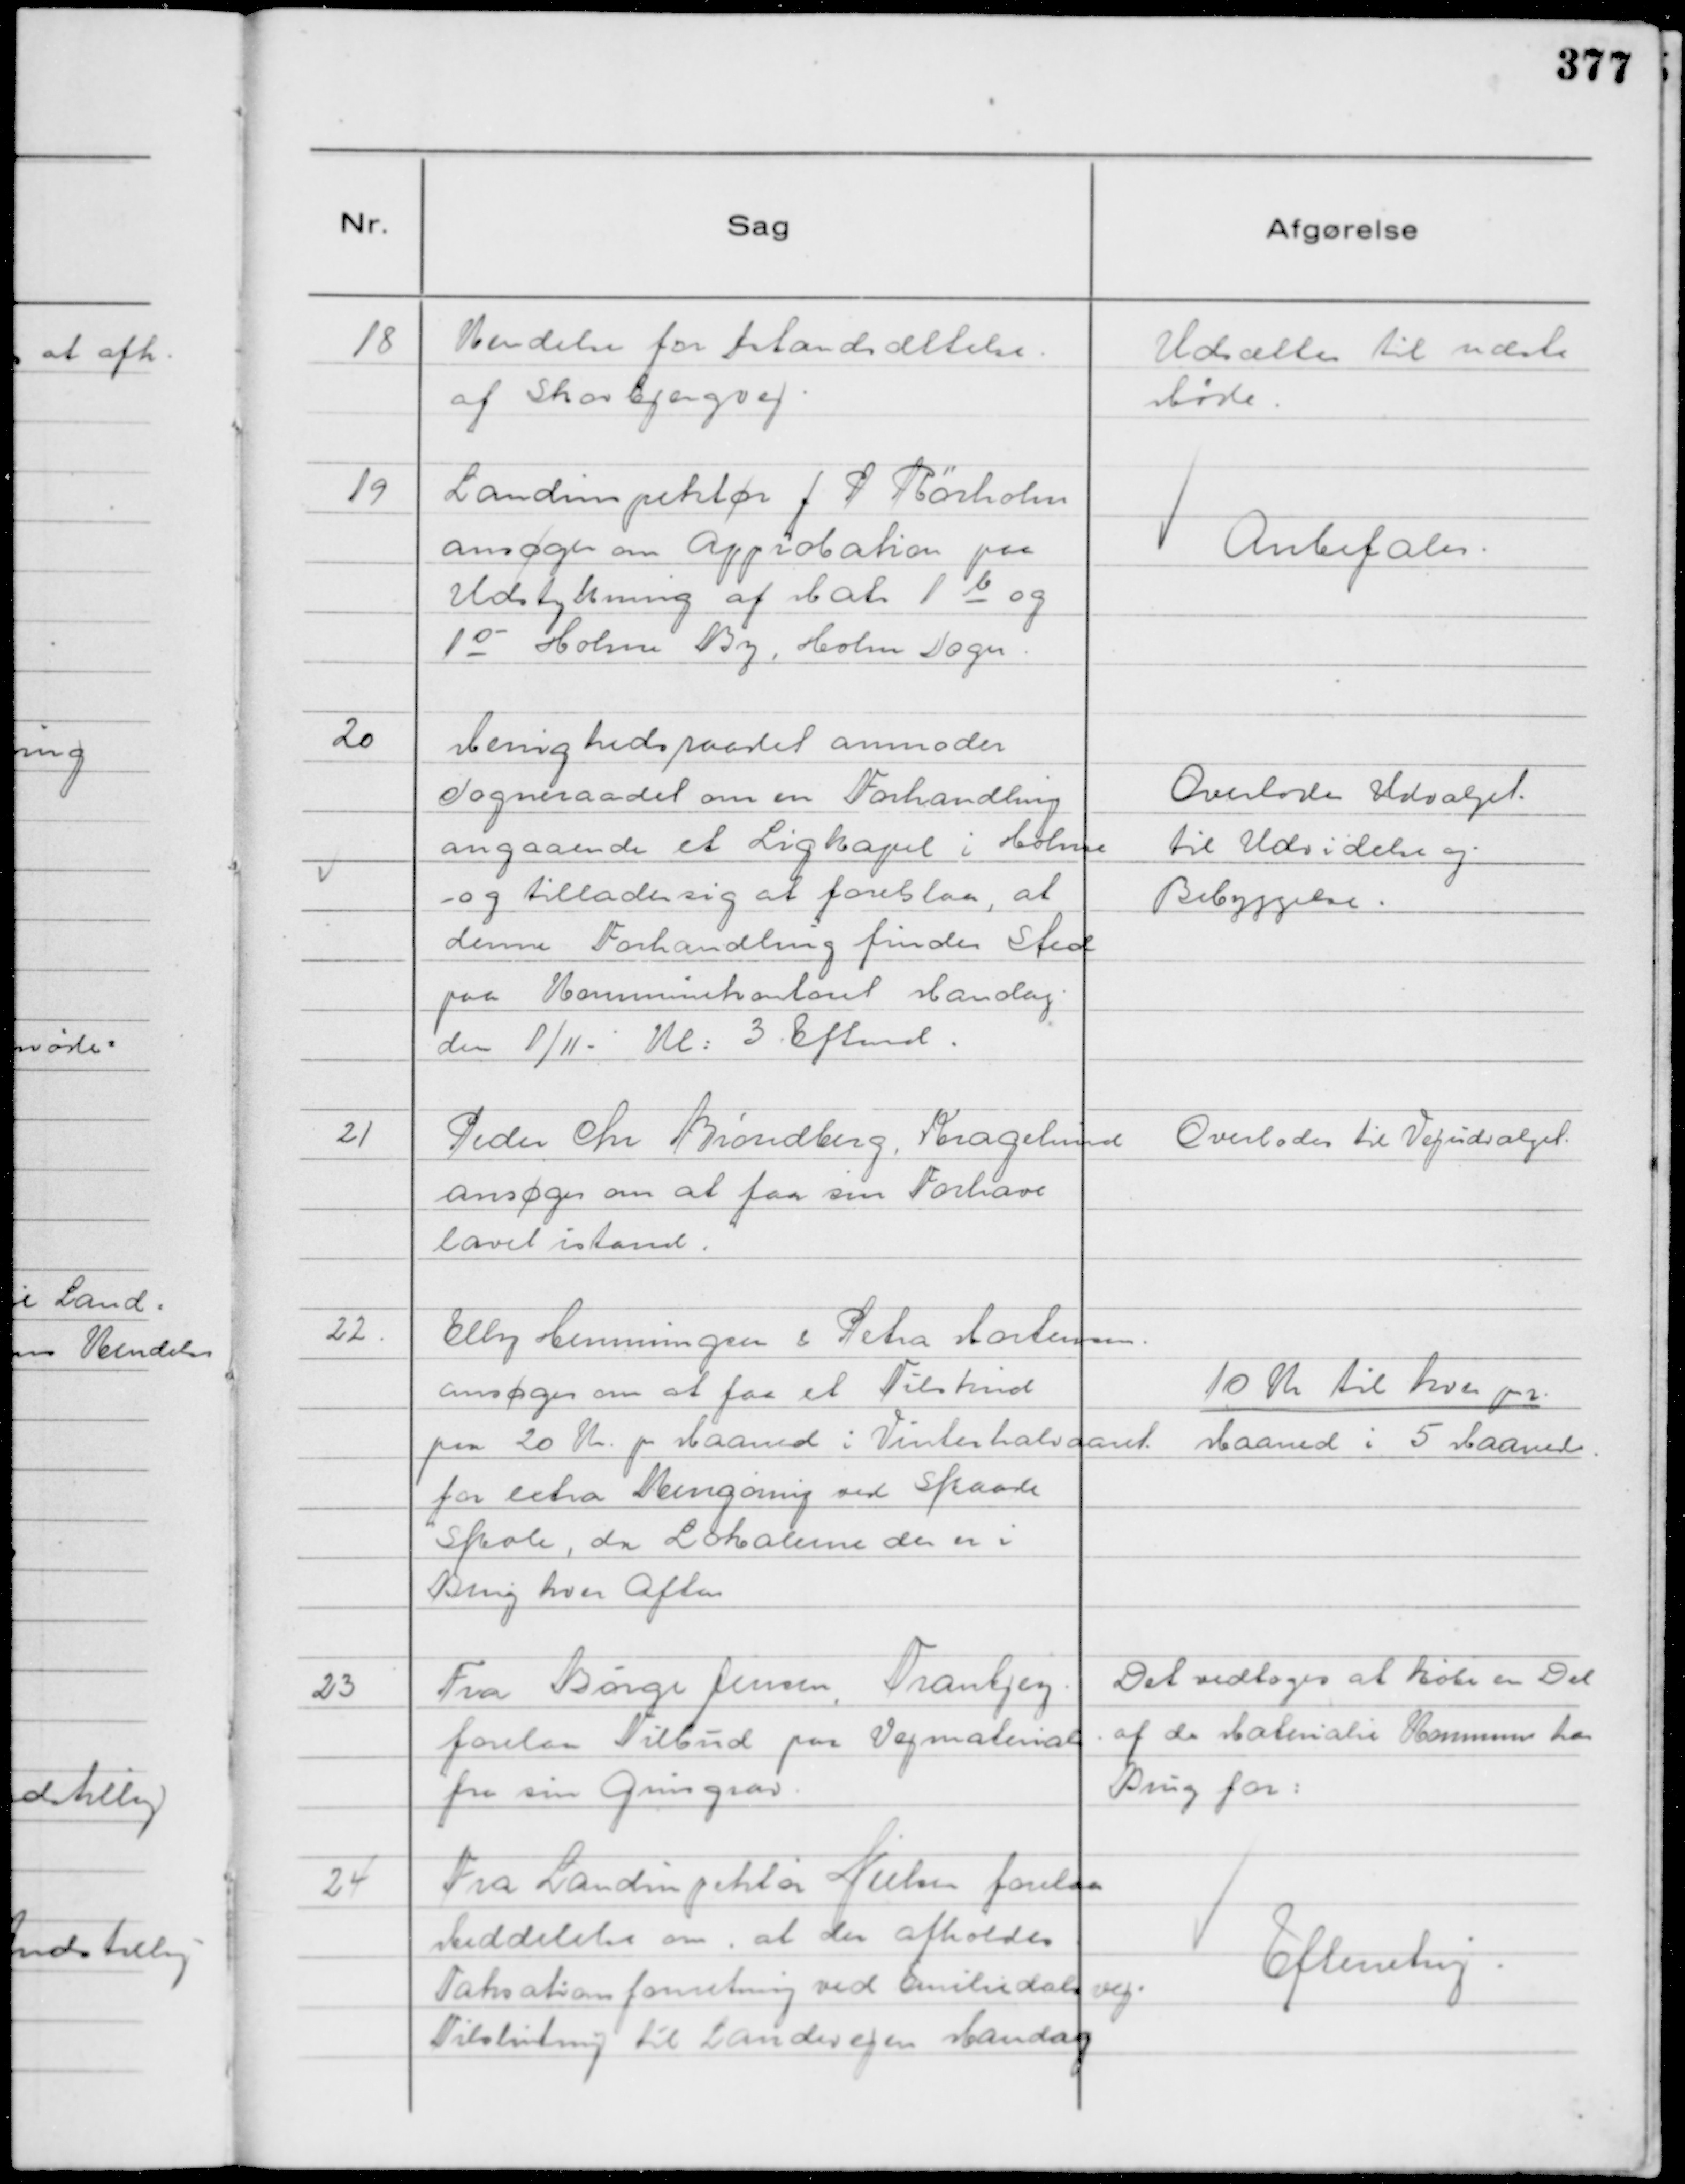
Transskription:
18
Kendelse for Istandsættelse.
af Skovbjergvej.

Udsættes til næste
Møde.

19
Landinspektør J P Rørholm
ansøger om Approbation paa
Udstykning af Matr 1 b og
1 o Holme By, Holme Sogn.

Anbefales.

20
Menighedsraadet anmoder
Sogneraadet om en Forhandling
angaaende et Ligkapel i Holme
og tillader sig at foreslaa, at
denne Forhandling finder Sted
paa Kommunekontoret Mandag
den 1/11 - Kl: 3. Eftmd.

Overlodes Udvalget
til Udvidelse af
Bebyggelse.

21
Peder Chr Brøndberg, Kragelund
ansøger om at faa sin Forhave
lavet istand.

Overlodes til Vejudvalget.

22.
Elly Henningsen & Petra Mortensen.
ansøger om at faa et Tilskud
paa 20 Kr. pr Maaned i Vinterhalvaaret
for extra Rengøring ved Skaade
Skole, da Lokalerne der er i
Brug hver Aften

10 Kr til hver pr.
Maaned i 5 Maanede

23
Fra Børge Jensen, Tranbjerg
forelaa Tilbud paa Vejmaterial
fra sin Grusgrav.

Det vedtoges at købe en Del
af de Materialie Kommunen har
Brug for:

24
Fra Landinspektør Nielsen forelaa
Meddelelse om, at der afholdes
Taksationsforretning ved Emiliedalsvejs
Tilslutning til Landevejen Mandag

Efterretning.